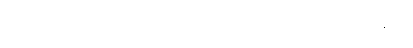
ဝက်ပေါင်ခြောက်အလိပ်၊ပြီးတော့ ကော်ဖီနော်။